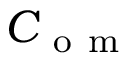
C _ { \mathrm { ~ o ~ m ~ } }